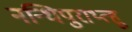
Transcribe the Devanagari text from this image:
नन्धिपुराथ्त्हू